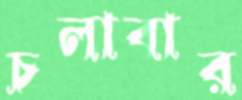
চলাবার